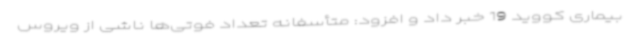
بیماری کووید 19 خبر داد و افزود: متأسفانه تعداد فوتی‌ها ناشی از ویروس